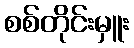
စစ်တိုင်းမှူး